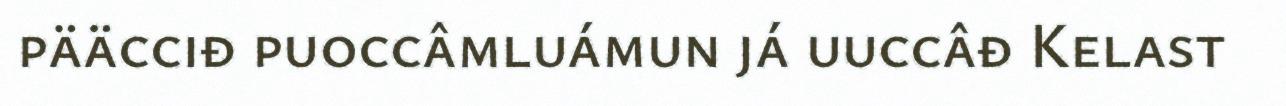
pääcciđ puoccâmluámun já uuccâđ Kelast